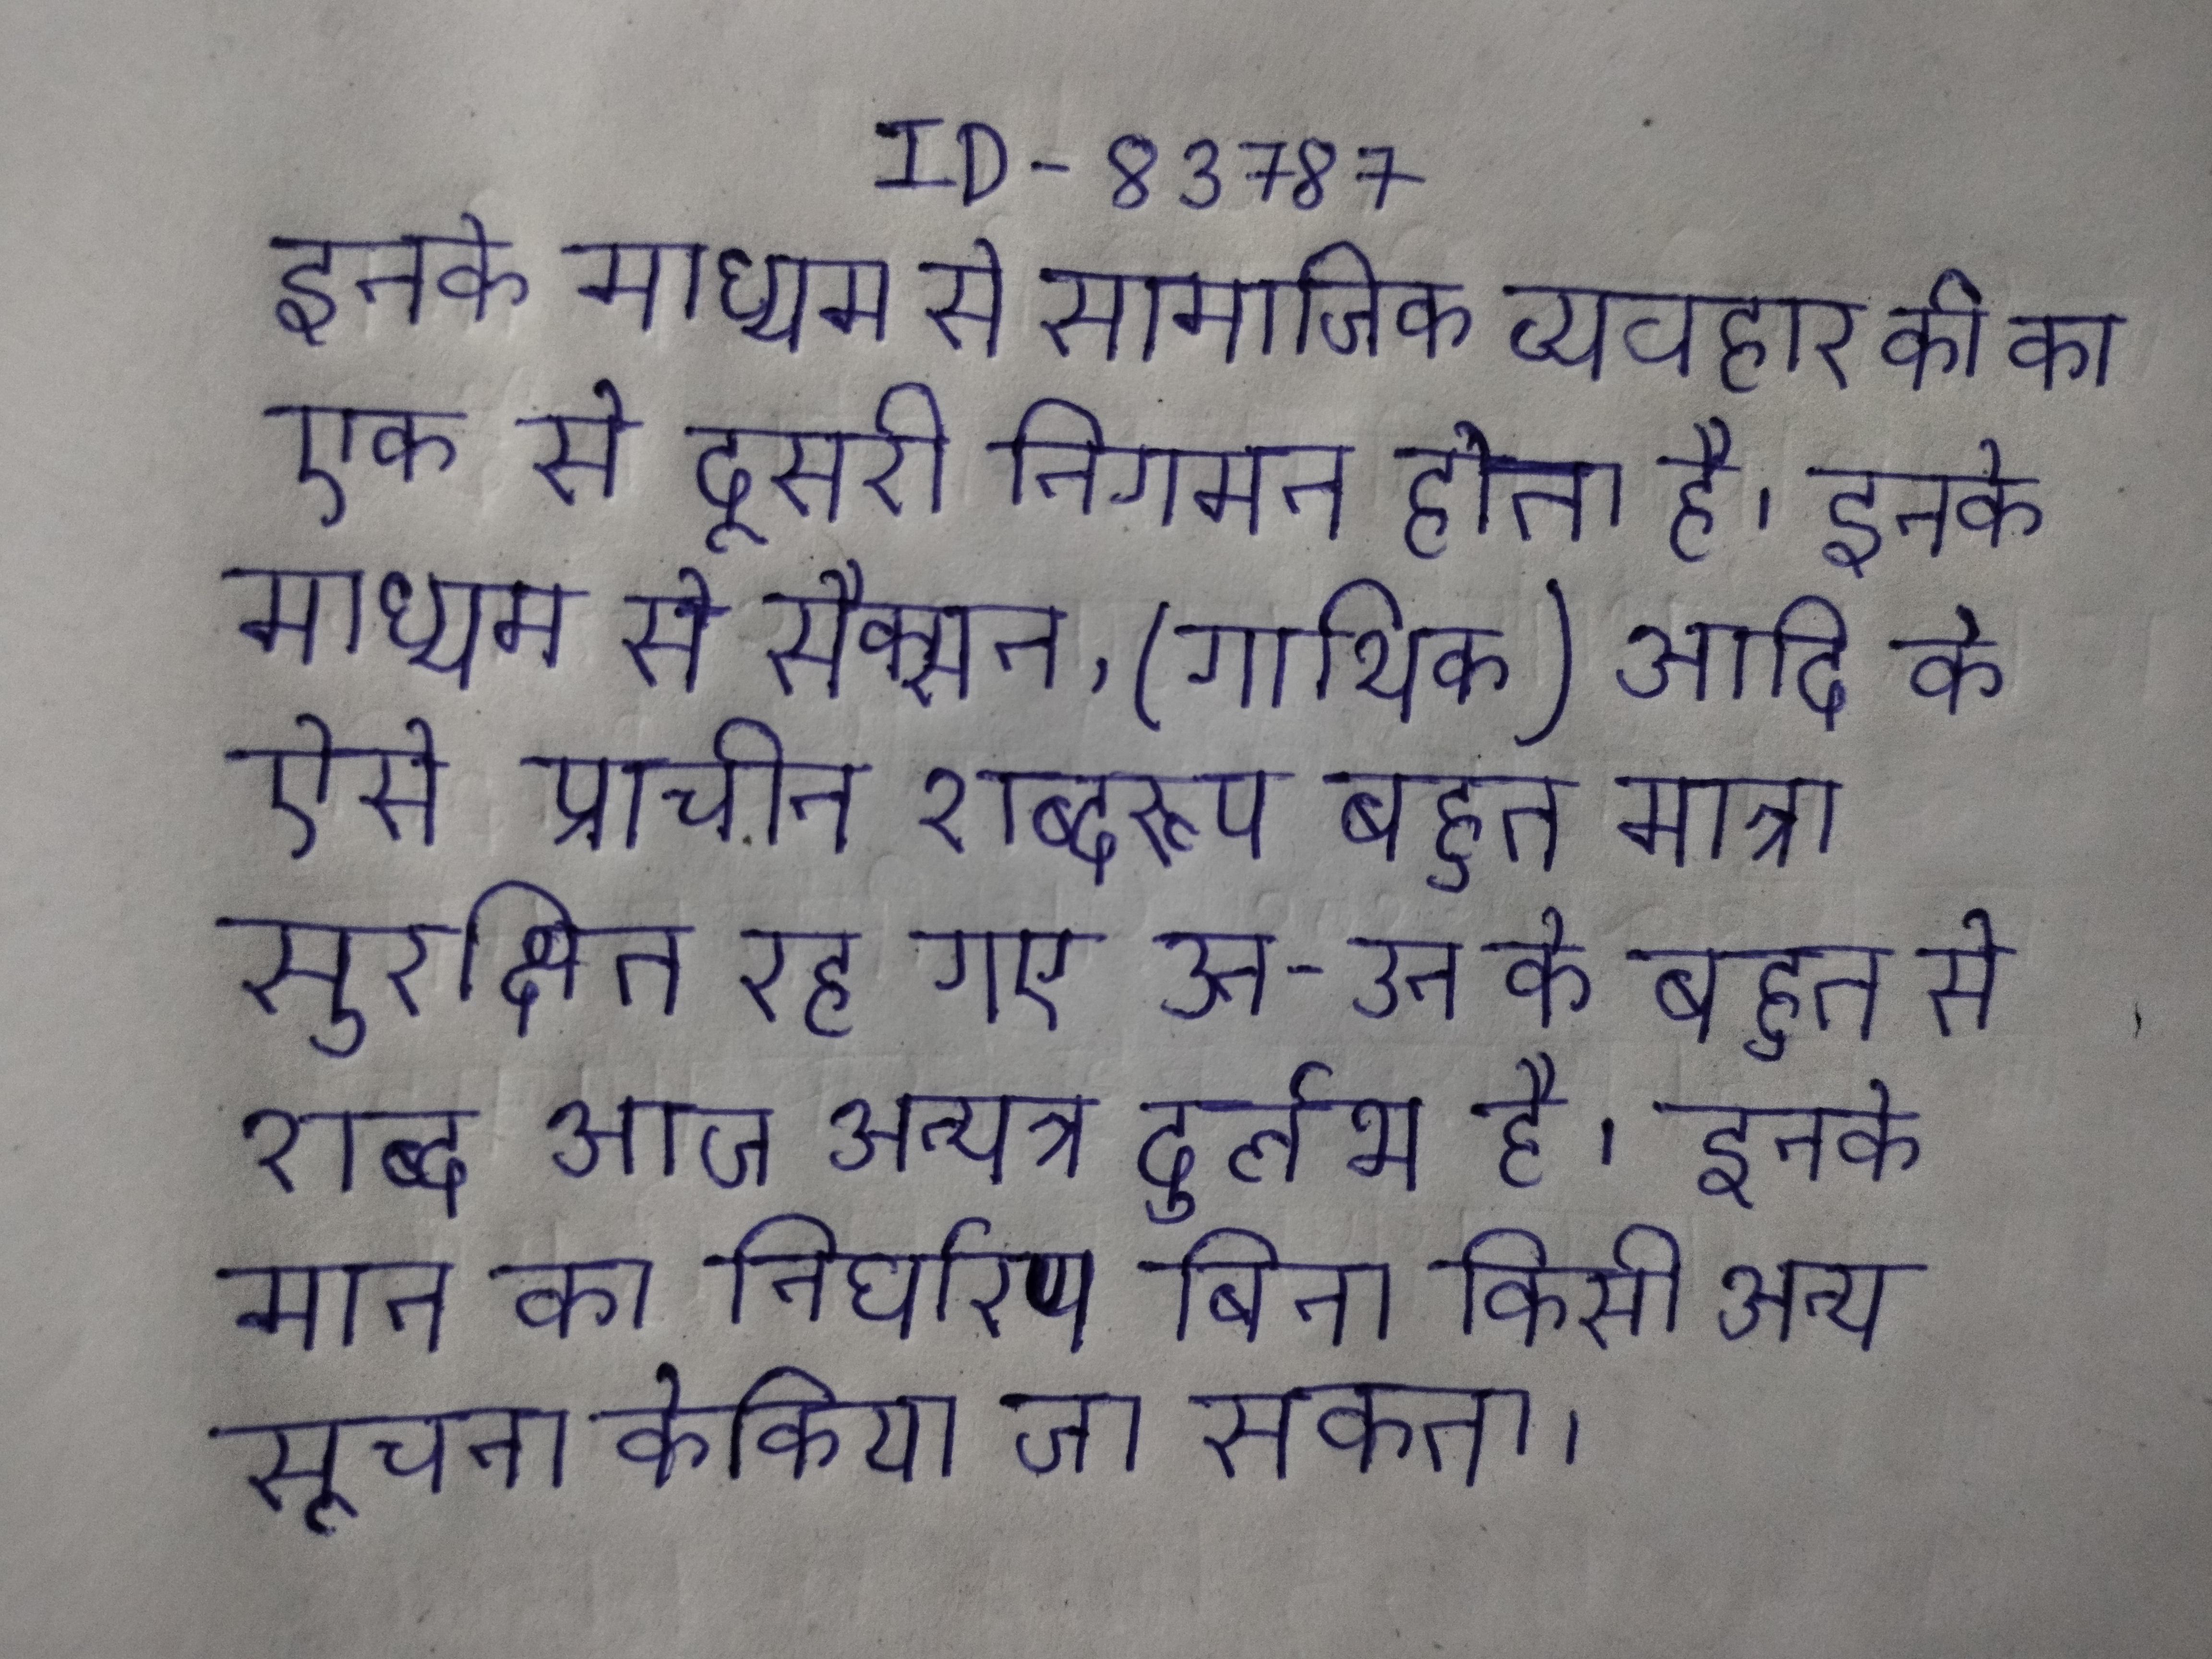
इनके माध्यम से सामाजिक व्यवहार की का एक से दूसरी निगमन होता है । इनके माध्यम से सैक्सन, (गाथिक) आदि के ऐसे प्राचीन शब्दरूप बहुत मात्रा सुरक्षित रह गए उन-उन के बहुत से शब्द आज अन्यत्र दुर्लभ है । इनके मान का निर्धारण बिना किसी अन्य सूचना के किया जा सकता ।